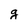
Character: g